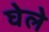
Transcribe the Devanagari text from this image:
घेले